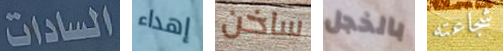
السادات إهداء ساخن بالخجل شجاعته